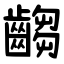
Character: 齺